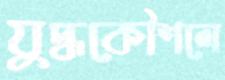
যুদ্ধকৌশলে